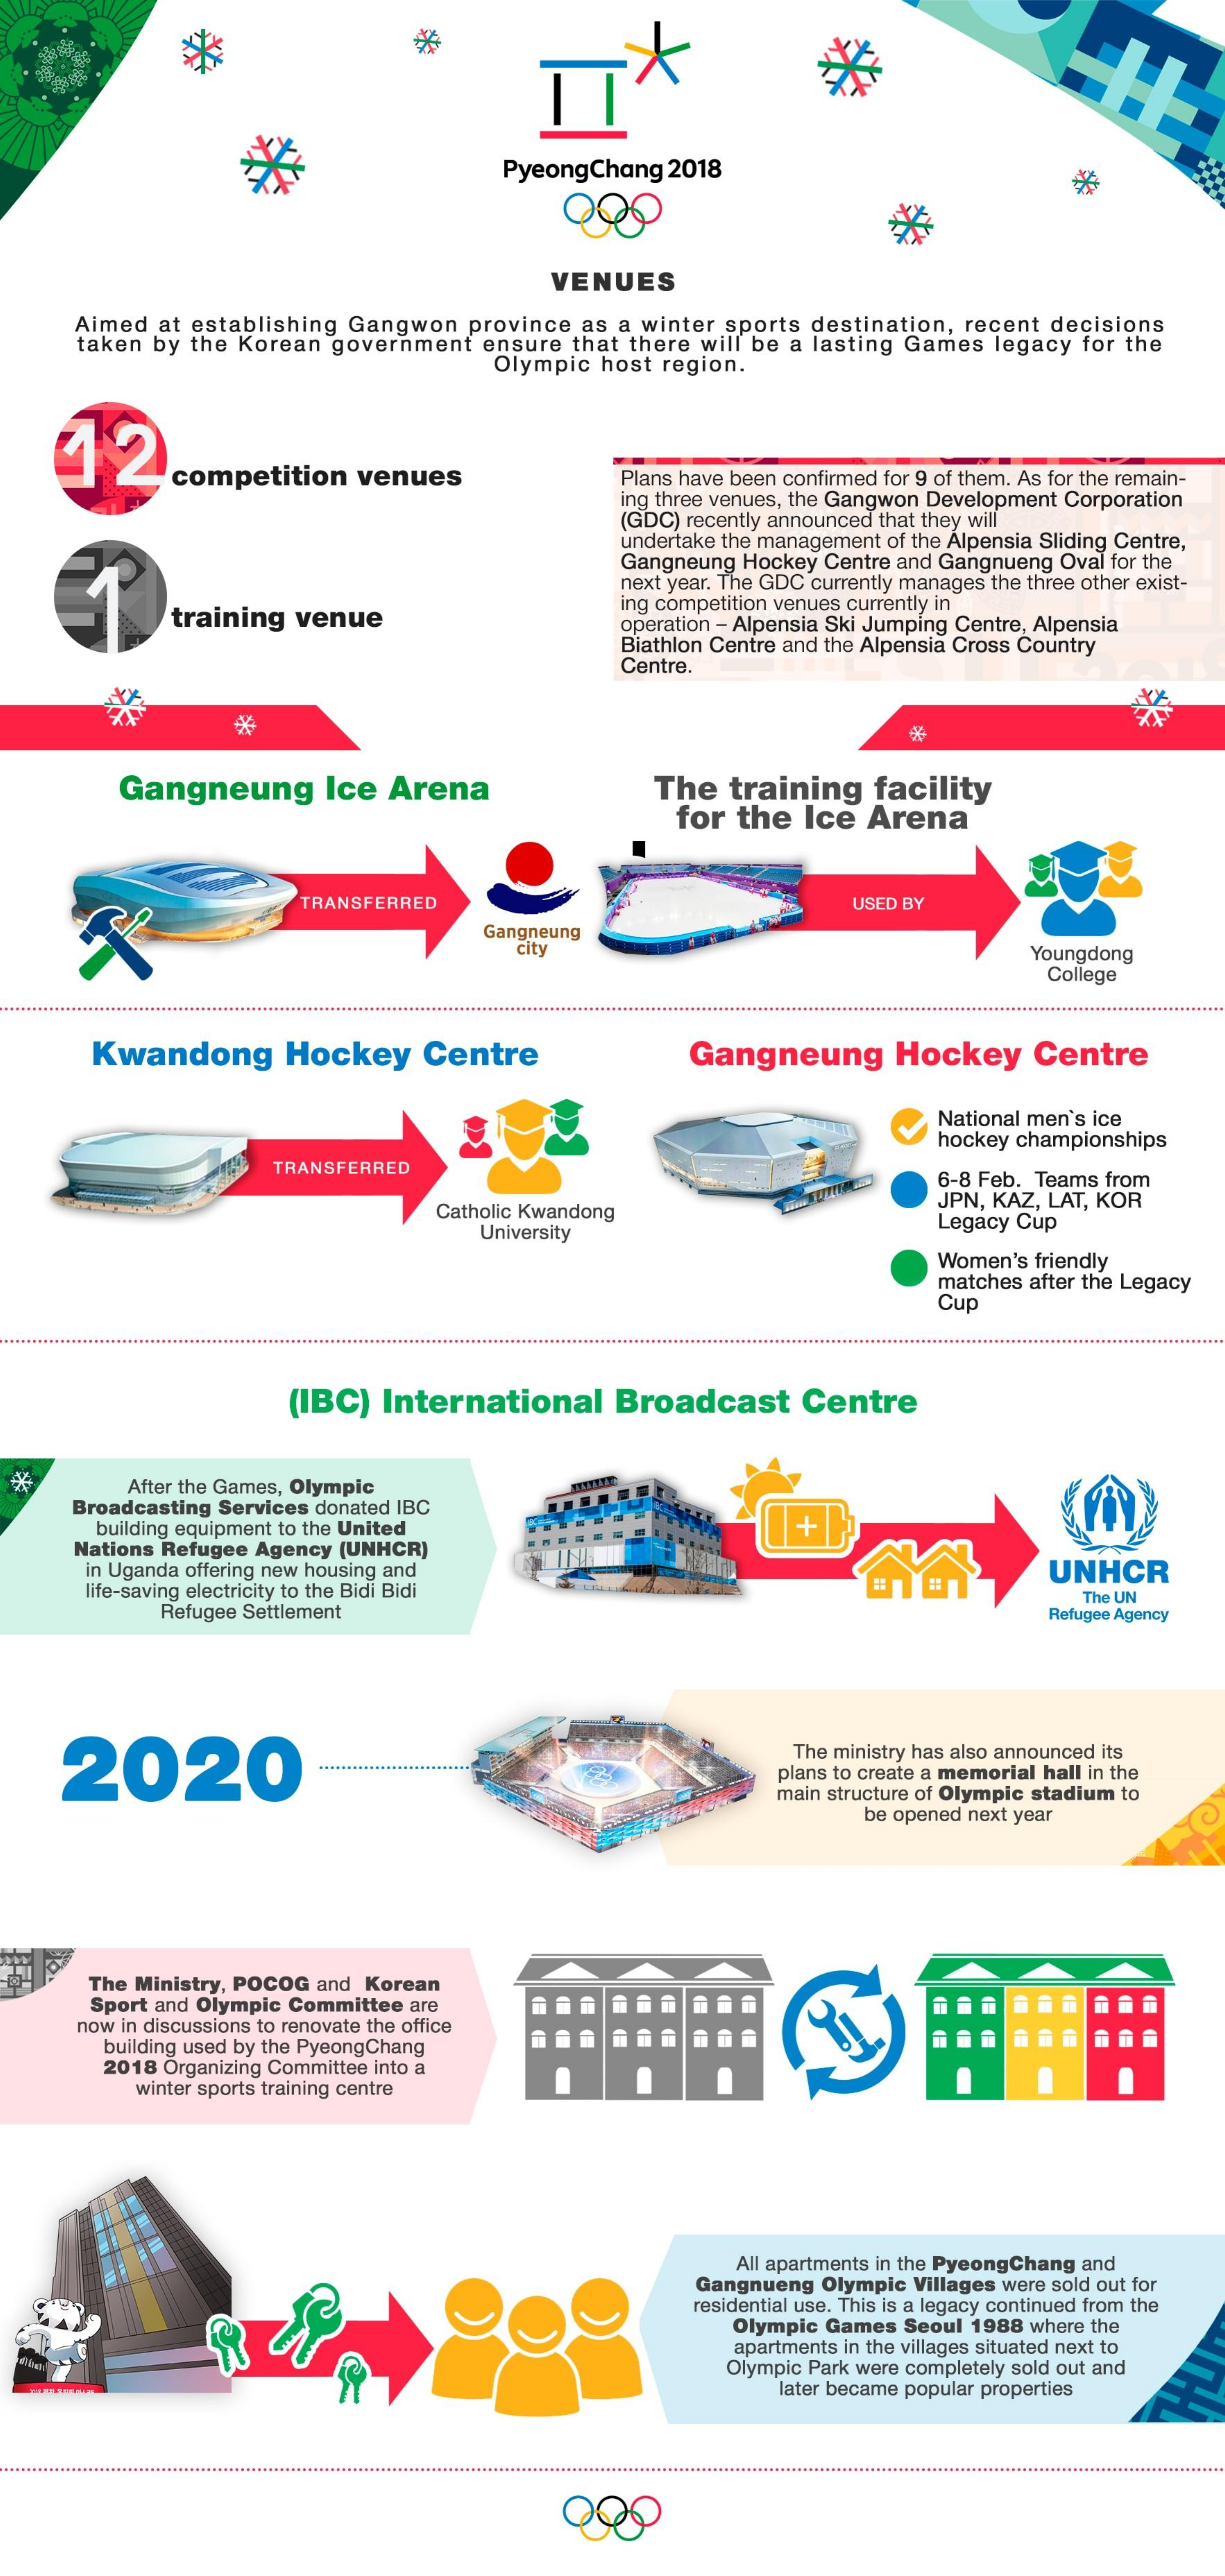
PyeongChang 2018
     VENUES
     Aimed at establishing Gangwon province as a winter sports destination, recent decisions
     taken by the Korean government ensure that there will be a lasting Games legacy for the
     Olympic host region.
     competition venues    Plans have been confirmed for 9 of them. As for the remain-
     ing three venues, the Gangwon Development Corporation
     (GDC) recently announced that they will
     undertake the management of the Alpensia Sliding Centre,
     Gangneung Hockey Centre and Gangnueng Oval for the
     next year. The GDC currently manages the three other exist-
     training venue
     ing competition venues currently in
     operation - Alpensia Ski Jumping Centre, Alpensia
     Biathlon Centre and the Alpensia Cross Country
     Centre.
     Gangneung    Ice Arena    The  training  facility
     for the  Ice Arena
     TRANSFERRED    USED BY
     Gangneung
     city    Youngdong
     College
     Kwandong    Hockey    Centre    Gangneung    Hockey    Centre
     National men's ice
     hockey championships
     TRANSFERRED
     6-8 Feb. Teams from
     Catholic Kwandong
     JPN, KAZ, LAT, KOR
     University    Legacy Cup
     Women's friendly
     matches after the Legacy
     Cup
     (IBC)  International   Broadcast    Centre
  *    After the Games, Olympic
     Broadcasting Services donated IBC
     building equipment to the United    +
     Nations Refugee Agency (UNHCR)
     in Uganda offering new housing and    UNHCR
     life-saving electricity to the Bidi Bidi
     Refugee Settlement
     The UN
     Refugee Agency
     2020
     The ministry has also announced its
     plans to create a memorial hall in the
     main structure of Olympic stadium to
     be opened next year
     The Ministry, POCOG and Korean
     Sport and Olympic Committee are
     now in discussions to renovate the office
     building used by the PyeongChang
     2018 Organizing Committee into a
     winter sports training centre
     All apartments in the PyeongChang and
     Gangnueng Olympic Villages were sold out for
     residential use. This is a legacy continued from the
     Olympic Games Seoul 1988 where the
     apartments in the villages situated next to
     Olympic Park were completely sold out and
     later became popular properties